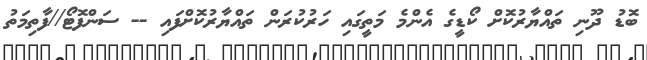
ބޮޑު ދޫނި ތައްޔާރުކޮށް ކޯޑީގެ އެންމެ މަތީގައި ހަރުކުރަން ތައްޔާރުކޮށްފައި -- ސަންފޮޓޯ//ފާތިމަތު